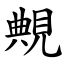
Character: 覥